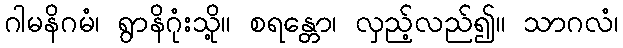
ဂါမနိဂမံ၊ ရွာနိဂုံးသို့။ စရန္တော၊ လှည့်လည်၍။ သာဂလံ၊